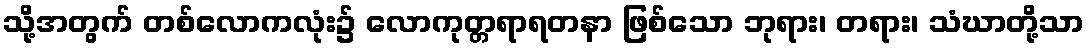
သို့အတွက် တစ်လောကလုံး၌ လောကုတ္တရာရတနာ ဖြစ်သော ဘုရား၊ တရား၊ သံဃာတို့သာ